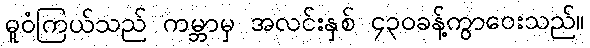
ဓူဝံကြယ်သည် ကမ္ဘာမှ အလင်းနှစ် ၄၃၀ခန့်ကွာဝေးသည်။